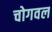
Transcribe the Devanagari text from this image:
चोगवल